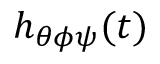
h _ { \theta \phi \psi } ( t )